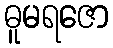
ဓူမရဇော